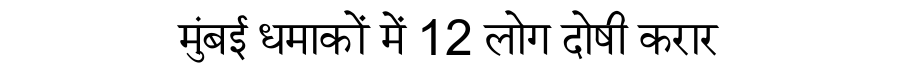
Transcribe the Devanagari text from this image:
मुंबई धमाकों में 12 लोग दोषी करार